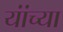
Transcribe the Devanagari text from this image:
यांंच्या